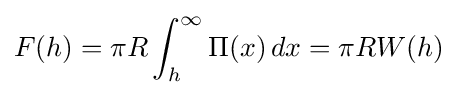
F(h)=\pi R\int _{h}^{\infty }\Pi (x)\,dx=\pi RW(h)